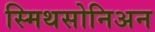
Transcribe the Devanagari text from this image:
स्मिथसोनिअन